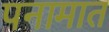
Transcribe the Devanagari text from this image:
पनामात